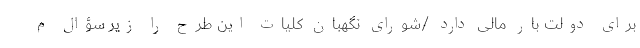
برای دولت بار مالی دارد /شورای نگهبان کلیات این طرح را زیر سؤال م